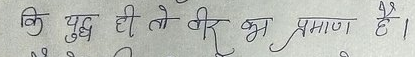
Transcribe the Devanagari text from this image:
कि युद्ध ही तो वीर का प्रमाण है।